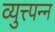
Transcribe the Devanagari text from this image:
व्युत्त्पन्न